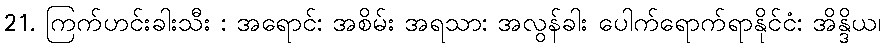
21. ကြက်ဟင်းခါးသီး : အရောင်: အစိမ်း အရသာ: အလွန်ခါး ပေါက်ရောက်ရာနိုင်ငံ: အိန္ဒိယ၊